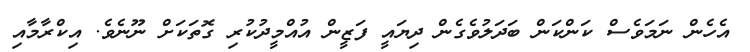
އެހެން ނަމަވެސް ކަންކަން ބަދަލުވެގެން ދިޔައީ ފަޒީން އުއްމީދުކުރި ގޮތަކަށް ނޫނެވެ. އިކްރާމާއި